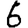
Digit: 6